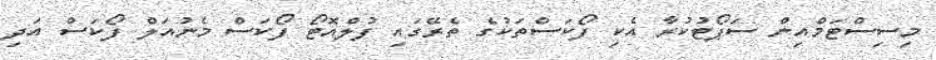
މިސިސްޓަމްއިން ސަޕޯޓުކުރާ އެކި ފޯކަސްތަކުގެ ތެރޭގައި ފުލްއޮޓޯ ފޯކަސް މެނުއަލް ފޯކަސް އަދި